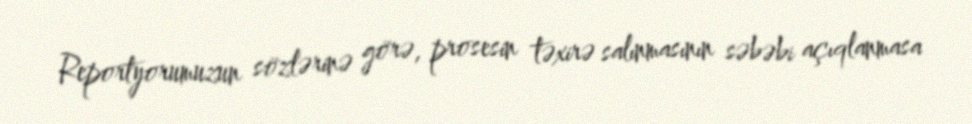
Reportyorumuzun sözlərinə görə, prosesin təxirə salınmasının səbəbi açıqlanmasa